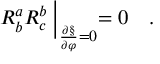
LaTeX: R _ { b } ^ { a } R _ { c } ^ { b } \: \biggl | _ { \frac { \partial \S } { \partial \varphi } = 0 } = 0 \quad .